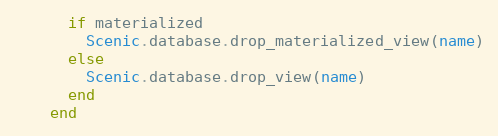
Language: Ruby
      if materialized
        Scenic.database.drop_materialized_view(name)
      else
        Scenic.database.drop_view(name)
      end
    end